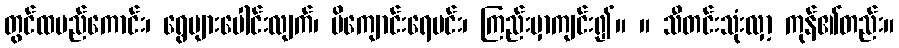
တွင်ထမည်ကောင်း၊ ရွေများပေါင်းလျက်၊ မိကျောင်းရေမင်း၊ ကြည်းမှာကျင်း၍။ ။ သီတင်းသုံးလှာ့ ကုန်၏တည်း။